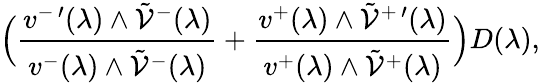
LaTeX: \Big(\frac{v^{-\, \prime}(\lambda)\wedge\tilde{\mathcal{V}}^{-}(\lambda)}{v^{-}(\lambda)\wedge\tilde{\mathcal{V}}^{-}(\lambda)}+\frac{v^{+}(\lambda)\wedge\tilde{\mathcal{V}}^{+\, \prime}(\lambda)}{v^{+}(\lambda)\wedge\tilde{\mathcal{V}}^{+}(\lambda)}\Big)D(\lambda),